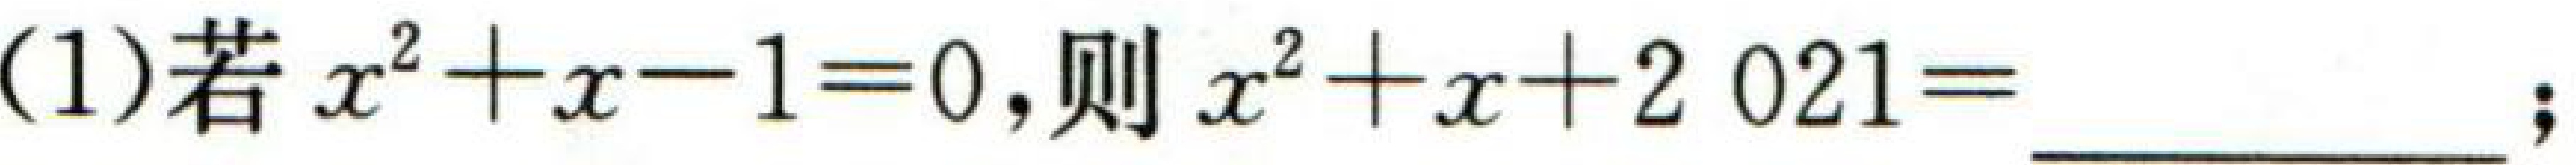
(1)若$x^{2}+x - 1 = 0$,则$x^{2}+x + 2\ 021 =$  ；